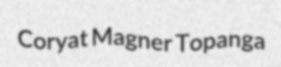
Coryat Magner Topanga